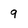
Character: 9